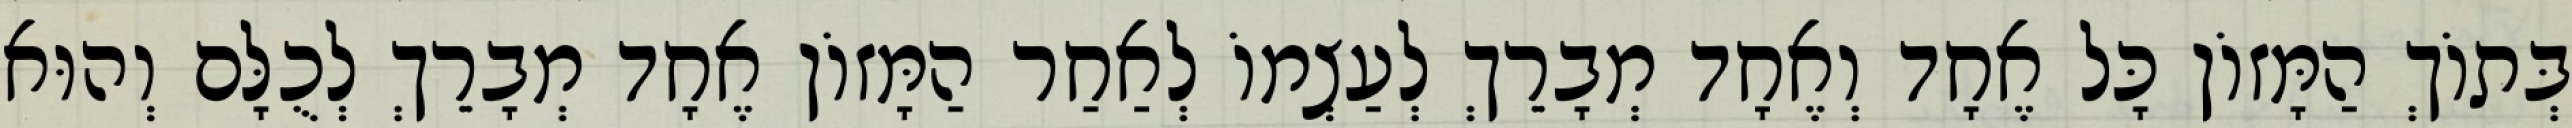
בְּתוֹךְ הַמָּזוֹן כָּל אֶחָד וְאֶחָד מְבָרֵךְ לְעַצְמוֹ לְאַחַר הַמָּזוֹן אֶחָד מְבָרֵךְ לְכֻלָּם וְהוּא